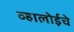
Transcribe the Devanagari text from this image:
व्हालोईचे